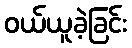
ဝယ်ယူခဲ့ခြင်း